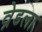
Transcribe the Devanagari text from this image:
व्रेडला